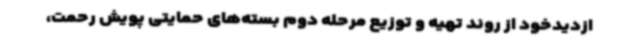
ازدیدخود از روند تهیه و توزیع مرحله دوم بسته‌های حمایتی پویش رحمت،